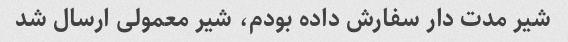
شیر مدت دار سفارش داده بودم، شیر معمولی ارسال شد